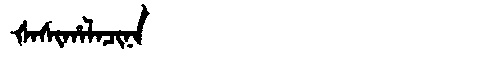
Manchu: ᡧᠠᠰᡳᡥᠠᠯᠠᠴᡳᠨᠠ
Romanization: ŠASIHALACINA